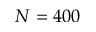
N = 4 0 0